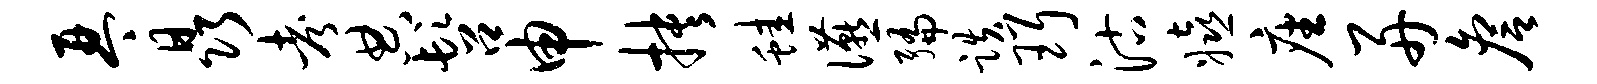
琴晶考典髫申抉蛙宴编跌珥沽嬉座舟詹